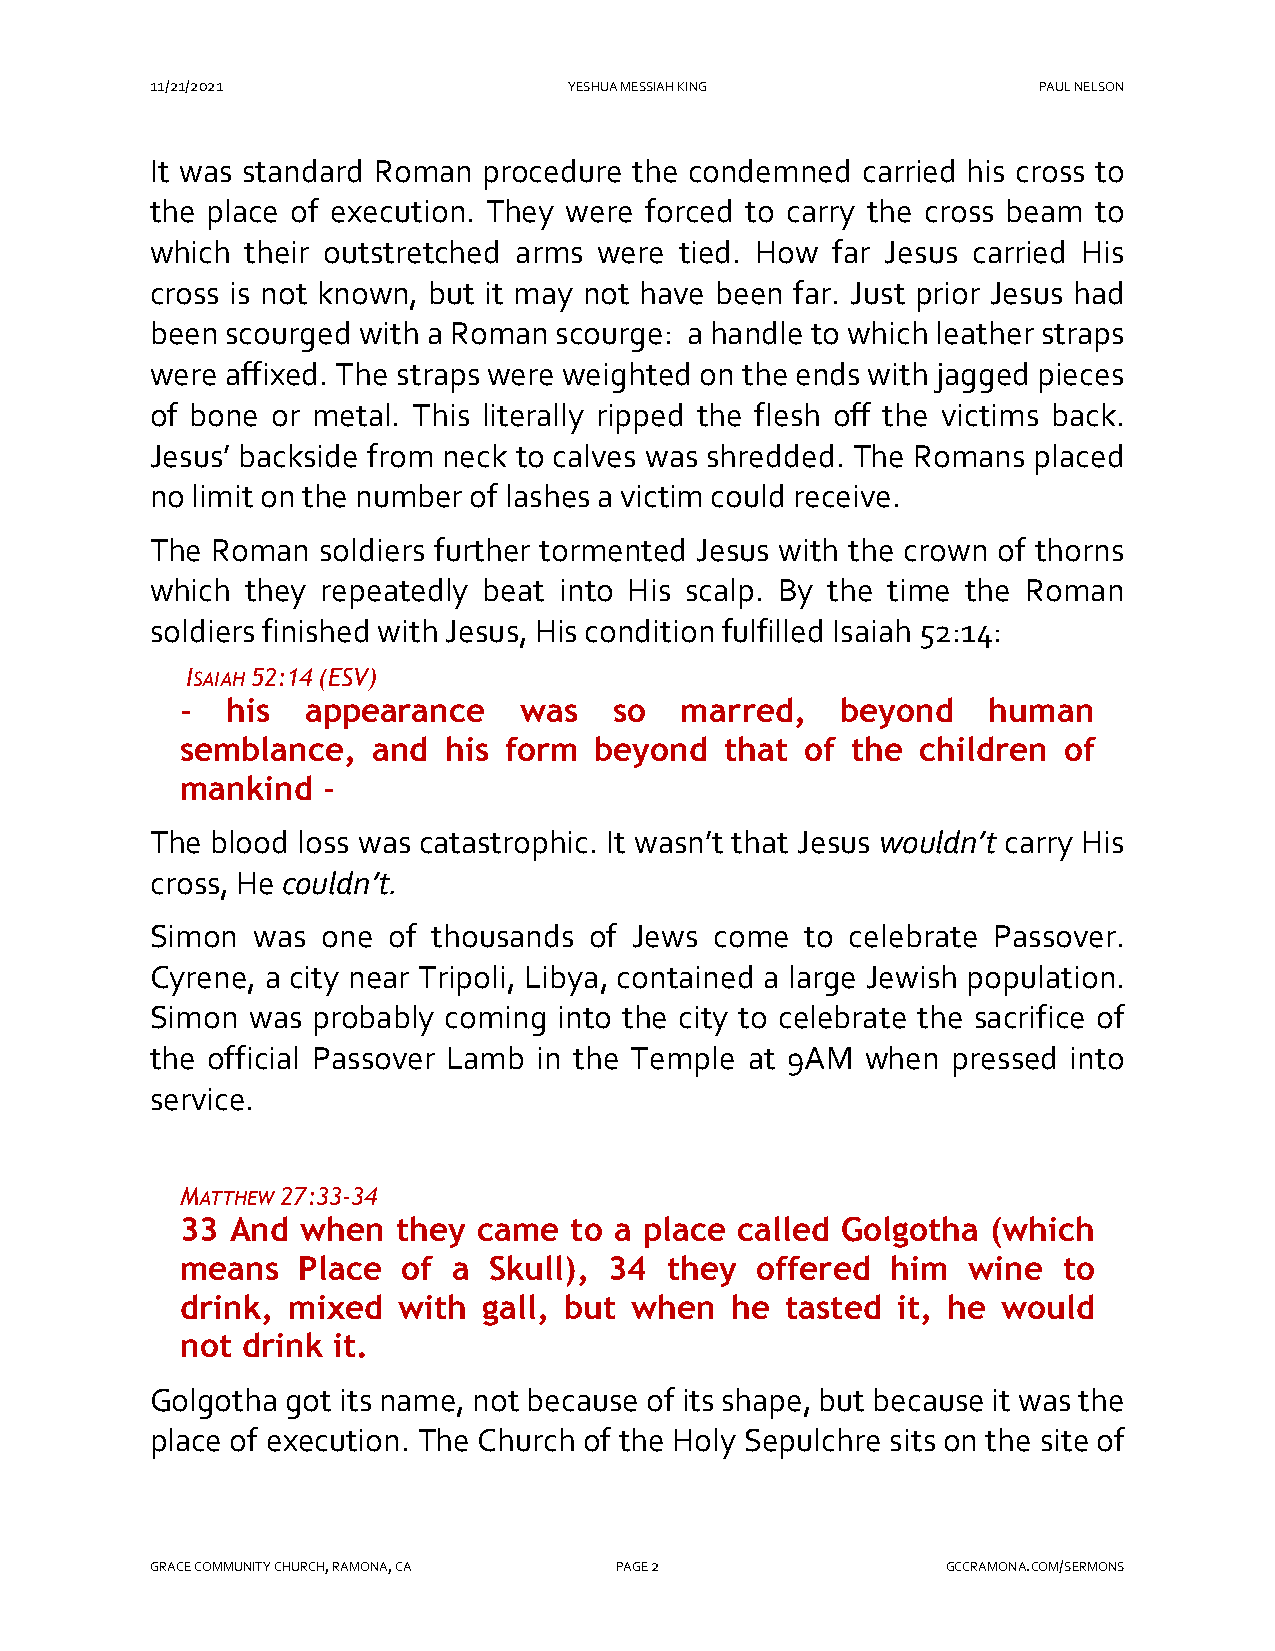
11/21/2021                  YESHUA MESSIAH KING            PAUL NELSON
 It was standard Roman procedure the condemned  carried his cross to
 the place of execution. They were forced to carry the cross beam to
 which their outstretched arms were tied. How far Jesus carried His
 cross is not known, but it may not have been far. Just prior Jesus had
 been scourged with a Roman scourge: a handle to which leather straps
 were affixed. The straps were weighted on the ends with jagged pieces
 of bone or metal. This literally ripped the flesh off the victims back.
 Jesus’ backside from neck to calves was shredded. The Romans placed
 no limit on the number of lashes a victim could receive.
 The Roman  soldiers further tormented Jesus with the crown of thorns
 which they repeatedly beat into His scalp. By the time the Roman
 soldiers finished with Jesus, His condition fulfilled Isaiah 52:14:
 ISAIAH 52:14 (ESV)
 -  his  appearance    was    so  marred,    beyond    human
 semblance,   and his form  beyond   that of the  children of
 mankind  -
 The blood loss was catastrophic. It wasn’t that Jesus wouldn’t carry His
 cross, He couldn’t.
 Simon  was one  of thousands of Jews come  to celebrate Passover.
 Cyrene, a city near Tripoli, Libya, contained a large Jewish population.
 Simon was  probably coming into the city to celebrate the sacrifice of
 the official Passover Lamb in the Temple at 9AM when pressed into
 service.
 MATTHEW 27:33-34
 33 And  when  they  came  to a place called Golgotha  (which
 means   Place  of a Skull), 34  they  offered  him  wine  to
 drink, mixed  with  gall, but when  he  tasted it, he would
 not drink it.
 Golgotha got its name, not because of its shape, but because it was the
 place of execution. The Church of the Holy Sepulchre sits on the site of
 GRACE COMMUNITY CHURCH, RAMONA, CA PAGE 2            GCCRAMONA.COM/SERMONS